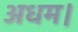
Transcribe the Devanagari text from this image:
अधम।